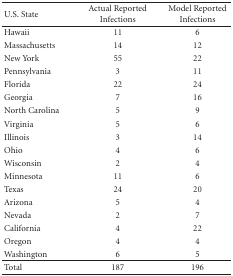
<table><thead><tr><td><b>U.S. State</b></td><td><b>Actual Reported Infections</b></td><td><b>Model Reported Infections</b></td></tr></thead><tbody><tr><td>Hawaii</td><td>11</td><td>6</td></tr><tr><td>Massachusetts</td><td>14</td><td>12</td></tr><tr><td>New York</td><td>55</td><td>22</td></tr><tr><td>Pennsylvania</td><td>3</td><td>11</td></tr><tr><td>Florida</td><td>22</td><td>24</td></tr><tr><td>Georgia</td><td>7</td><td>16</td></tr><tr><td>North Carolina</td><td>5</td><td>9</td></tr><tr><td>Virginia</td><td>5</td><td>6</td></tr><tr><td>Illinois</td><td>3</td><td>14</td></tr><tr><td>Ohio</td><td>4</td><td>6</td></tr><tr><td>Wisconsin</td><td>2</td><td>4</td></tr><tr><td>Minnesota</td><td>11</td><td>6</td></tr><tr><td>Texas</td><td>24</td><td>20</td></tr><tr><td>Arizona</td><td>5</td><td>4</td></tr><tr><td>Nevada</td><td>2</td><td>7</td></tr><tr><td>California</td><td>4</td><td>22</td></tr><tr><td>Oregon</td><td>4</td><td>4</td></tr><tr><td>Washington</td><td>6</td><td>5</td></tr><tr><td>Total</td><td>187</td><td>196</td></tr></tbody></table>